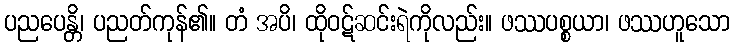
ပညပေန္တိ၊ ပညတ်ကုန်၏။ တံ အပိ၊ ထိုဝဋ်ဆင်းရဲကိုလည်း။ ဖဿပစ္စယာ၊ ဖဿဟူသော